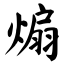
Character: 煽